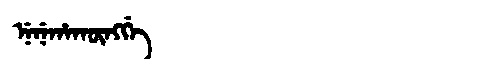
Manchu: ᠨᡝᠨᡝᡥᠠᡴᡡᠩᡤᡝ
Romanization: NENEHAKŪNGGE